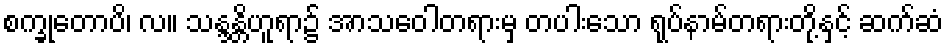
စက္ခုတောပိ၊ လ။ သန္ဒန္တိဟူရာ၌ အာသဝေါတရားမှ တပါးသော ရုပ်နာမ်တရားတို့နှင့် ဆက်ဆံ